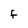
Character: F